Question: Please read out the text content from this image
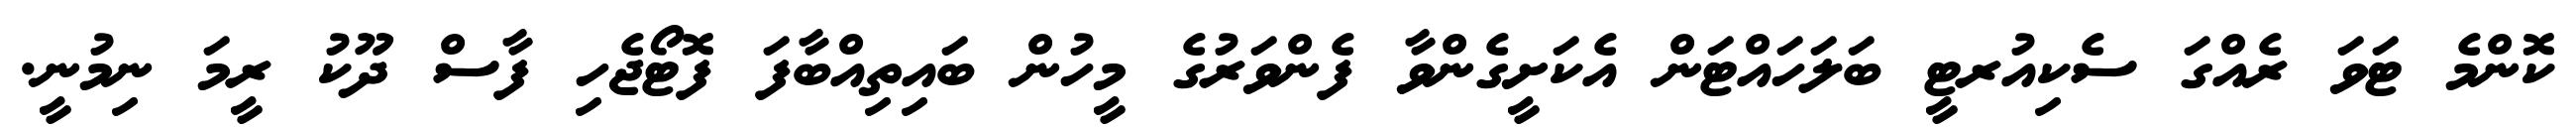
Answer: ކޮންމެ ޓަވަ ރެއްގަ ސެކިއުރޓީ ބަލަހައްޓަން އެކަށީގެންވާ ފެންވަރުގެ މީހުން ބައިތިއްބާފަ ފޮޓޯޖެހި ފާސް ދޫކު ރީމަ ނިމުނީ.